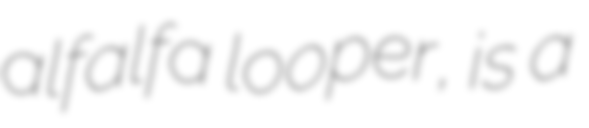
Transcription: alfalfa looper, is a